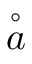
\overset { \circ } a